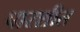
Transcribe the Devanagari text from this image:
पारशीत